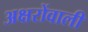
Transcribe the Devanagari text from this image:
अक्षरोंवाली